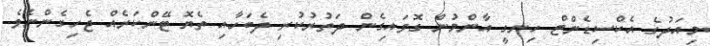
މިއަދުގެ އެކްސިޑެންޓް ހިނގީ އާންމުން ގޮވައިގެން ދަތުރުކުރި ދެބަހާއި ތެޔޮ ޓޭންކަރެއް ޖެހިގެންނެވެ.